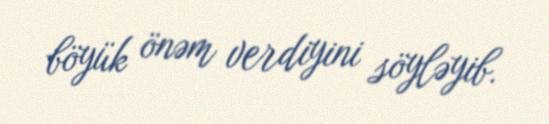
böyük önəm verdiyini söyləyib.